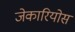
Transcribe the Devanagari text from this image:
जेकारियोस